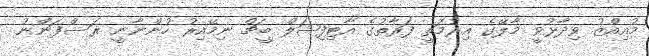
މުއިއްޒު ވިދާޅުވީ މާލޭގެ އިރުމަތީ ފަރާތުގެ އާޓިފިޝަލް ބީޗް ނިމޭއިރު ހުންނާނީ ރަސްފަންނު